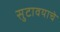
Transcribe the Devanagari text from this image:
सुटावयाचे